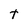
Character: t